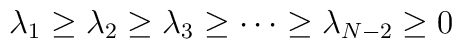
\lambda_1\geq \lambda_2\geq \lambda_3\geq\cdots\geq\lambda_{N-2}\geq 0